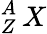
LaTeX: ^A_{Z}\, X